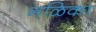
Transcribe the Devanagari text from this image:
नळिका